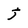
Character: j